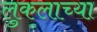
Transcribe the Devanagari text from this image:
लुकलाच्या